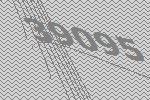
39095